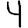
Digit: 4